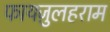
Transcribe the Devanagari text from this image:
फायज़ुलहराम